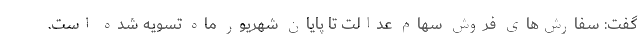
گفت: سفارش‌های فروش سهام عدالت تا پایان شهریور ماه تسویه شده است.